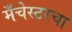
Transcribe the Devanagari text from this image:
मँचेस्टरचा